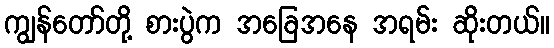
ကျွန်တော်တို့ စားပွဲက အခြေအနေ အရမ်း ဆိုးတယ်။